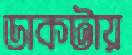
ডাকটায়